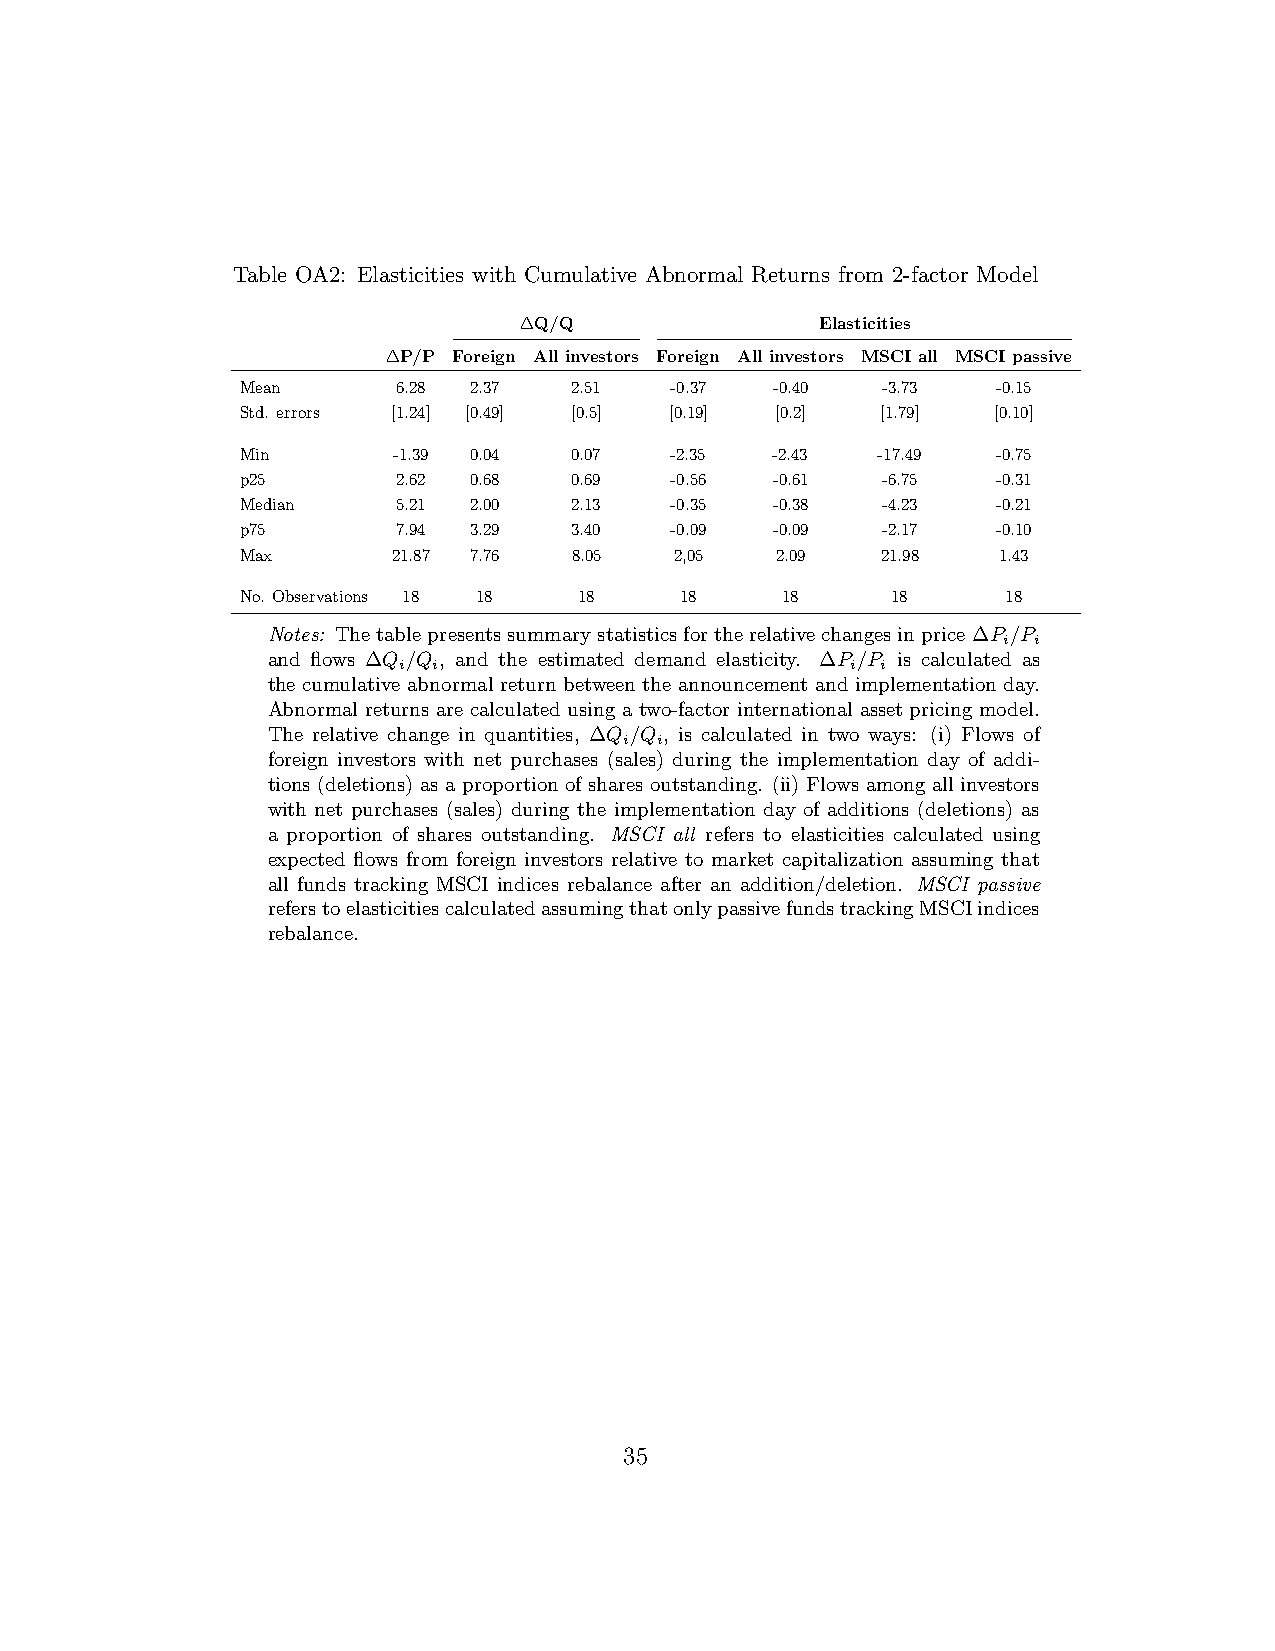
Table OA2: Elasticities with Cumulative Abnormal Returns from 2-factor Model
 ∆Q/Q                Elasticities
 ∆P/P Foreign All investors Foreign All investors MSCI all MSCI passive
 Mean      6.28 2.37   2.51  -0.37  -0.40  -3.73   -0.15
 Std. errors [1.24] [0.49] [0.5] [0.19] [0.2] [1.79] [0.10]
 Min       -1.39 0.04  0.07  -2.35  -2.43  -17.49  -0.75
 p25       2.62 0.68   0.69  -0.56  -0.61  -6.75   -0.31
 Median    5.21 2.00   2.13  -0.35  -0.38  -4.23   -0.21
 p75       7.94 3.29   3.40  -0.09  -0.09  -2.17   -0.10
 Max       21.87 7.76  8.05   2,05  2.09   21.98   1.43
 No. Observations 18 18 18    18     18     18      18
 Notes: Thetablepresentssummarystatisticsfortherelativechangesinprice∆P /P
 i i
 and flows ∆Q /Q , and the estimated demand elasticity. ∆P /P is calculated as
 i  i                          i i
 the cumulative abnormal return between the announcement and implementation day.
 Abnormal returns are calculated using a two-factor international asset pricing model.
 The relative change in quantities, ∆Q /Q , is calculated in two ways: (i) Flows of
 i i
 foreign investors with net purchases (sales) during the implementation day of addi-
 tions (deletions) as a proportion of shares outstanding. (ii) Flows among all investors
 with net purchases (sales) during the implementation day of additions (deletions) as
 a proportion of shares outstanding. MSCI all refers to elasticities calculated using
 expected flows from foreign investors relative to market capitalization assuming that
 all funds tracking MSCI indices rebalance after an addition/deletion. MSCI passive
 referstoelasticitiescalculatedassumingthatonlypassivefundstrackingMSCIindices
 rebalance.
 35